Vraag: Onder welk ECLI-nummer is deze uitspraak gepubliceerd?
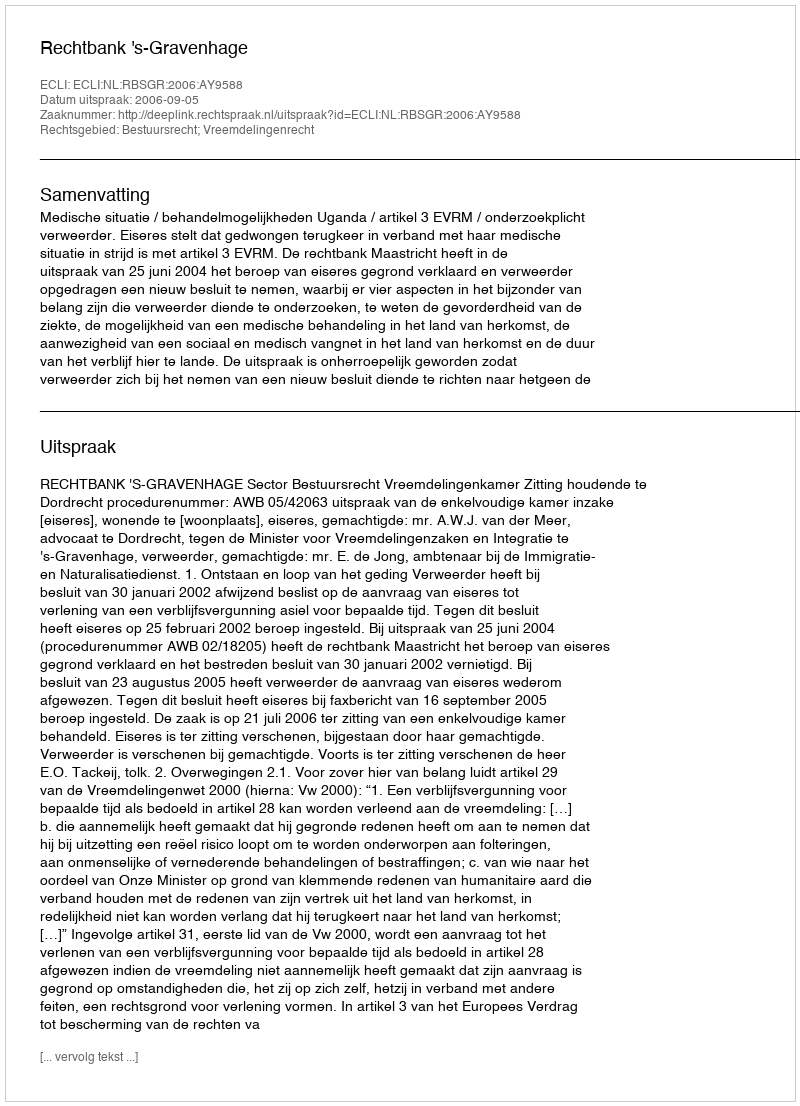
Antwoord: ECLI:NL:RBSGR:2006:AY9588